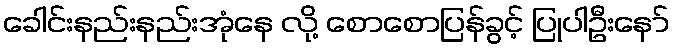
ခေါင်းနည်းနည်းအုံနေ လို့ စောစောပြန်ခွင့် ပြုပါဦးနော်